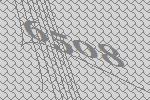
6508